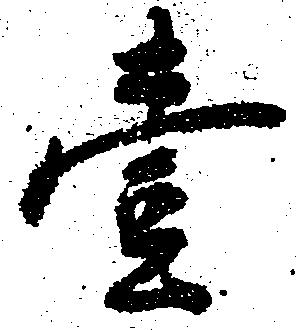
壱